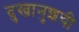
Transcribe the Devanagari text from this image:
दुखानुशयी